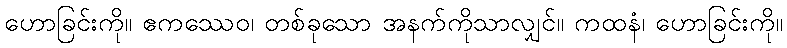
ဟောခြင်းကို။ ဧကဿေဝ၊ တစ်ခုသော အနက်ကိုသာလျှင်။ ကထနံ၊ ဟောခြင်းကို။